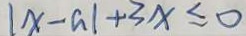
\vert x - a \vert + 3 x \leq 0